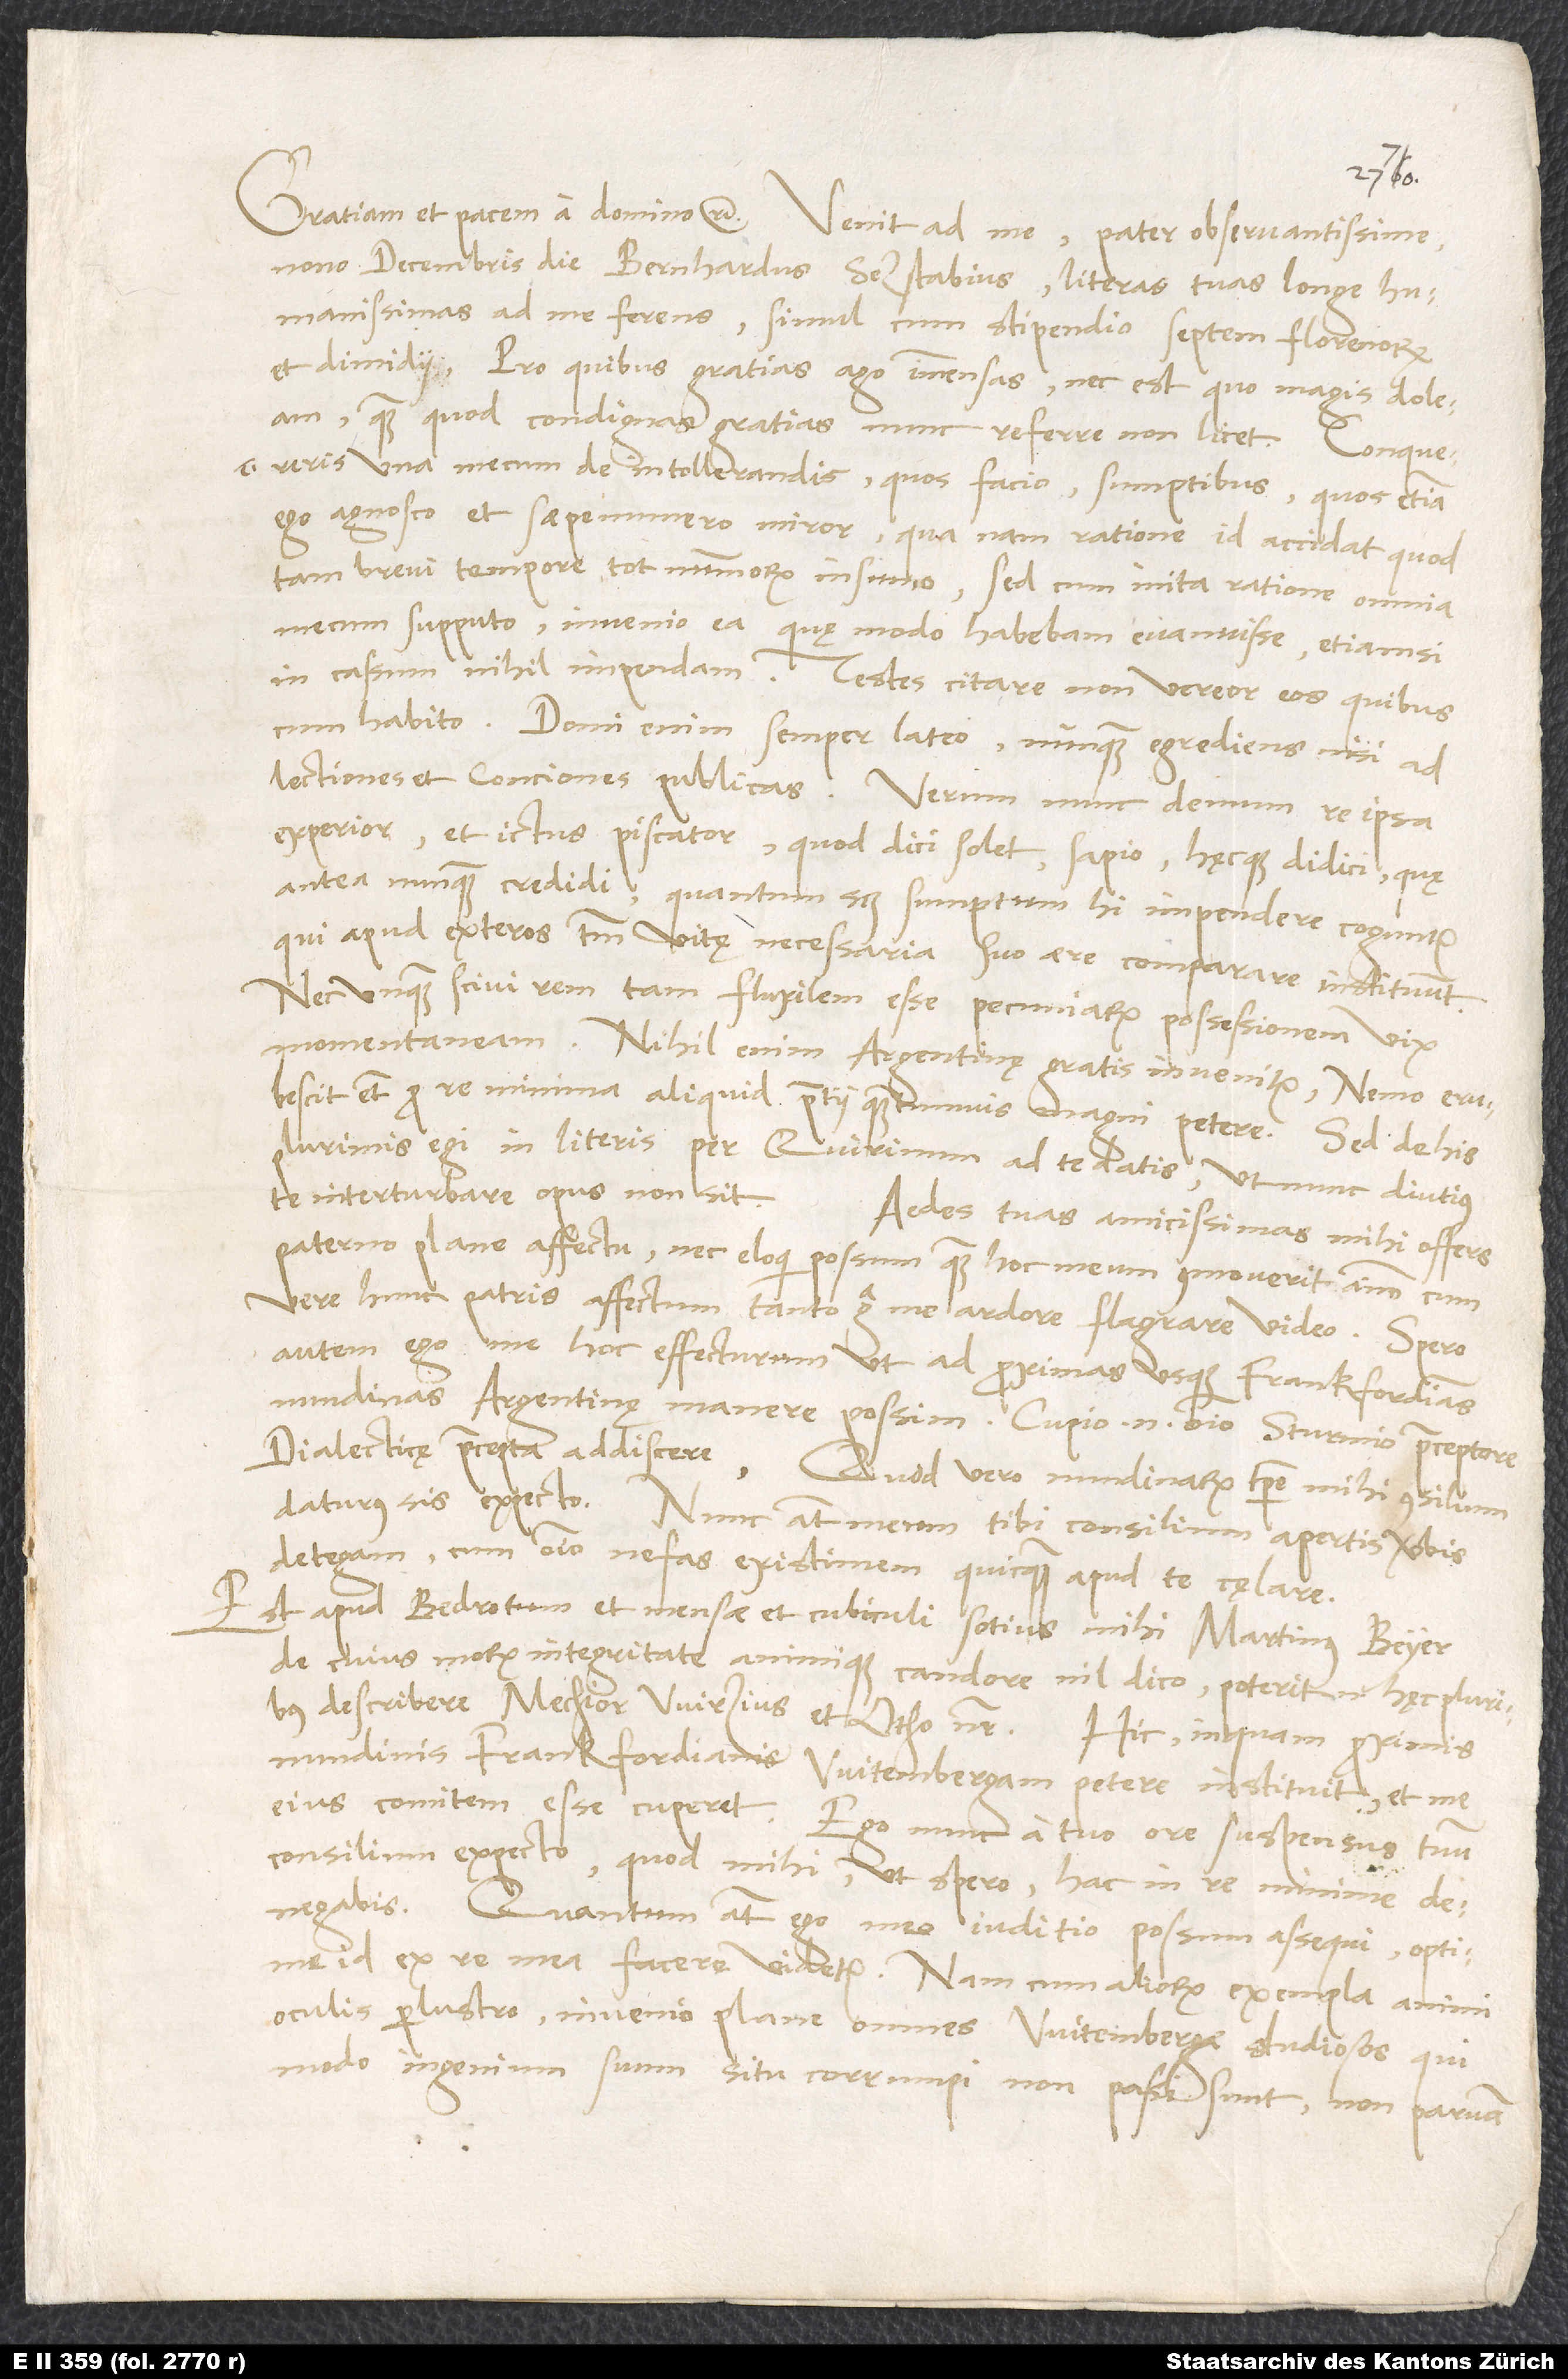
nono decembris die Bernhardus Sezstabius literas tuas longe
humanissimas ad me ferens simul cum stipendio septem florenorum
et dimidii. Pro quibus gratias ago immensas, nec est, quo magis doleam,
quam quod condignas gratias nunc referre non licet.
Conquereris una mecum de intollerandis, quos facio, sumptibus, quos etiam
ego agnosco et saepenumero miror, qua nam ratione id accidat, quod
tam brevi tempore tot nummorum insumo; sed cum inita ratione omnia
mecum supputo, invenio ea, quę modo habebam, evanuisse, etiamsi
in cassum nihil impendam. Testes citare non vereor eos, quibuscum
habito. Domi enim semper lateo nunquam egrediens nisi ad
experior et ictus piscator, quod dici solet, sapio hęcque didici, quę
antea nunquam credidi, quantum scilicet sumptum hi impendere coguntur,
qui apud exteros tantum vitę necessaria suo aere comparare instituunt.
Nec unquam scivi rem tam fluxilem esse pecuniarum possessionem vix
momentaneam. Nihil enim Argentinę gratis invenitur.
erubescit etiam pro re minima aliquid pretii quantumvis magni petere. Sed de his
plurimis egi in literis per Quirinum ad te datis, ut nunc diutius
paterno plane affectu, nec eloqui possum, quam hoc meum commoverit animum, cum
vere hunc patris affectum tanto erga me ardore flagrare video. Spero
autem ego me hoc effecturum, ut ad proximas usque Frankfordianas
dialecticę praecepta addiscere. Quod vero nundinarum tempore mihi consilium
daturus sis, expecto. Nunc autem meum tibi consilium apertis verbis
detegam, cum omnino nefas existimem quicquam apud te cęlare.
Est apud Bedrotum et mensae et cubiculi sotius mihi Martinus Beyer,
de cuius morum integritate animique candore nil dico; poterit enim hęc pluribus
describere Melchior Wirzius et Otho noster. Hic, inquam, proximis
nundinis Frankfordianis Witembergam petere instituit et me
eius comitem esse cuperet. Ego nunc a tuo ore suspensus tuum
consilium expecto, quod mihi, ut spero, hac in re minime
denegabis. Quantum autem ego meo iuditio possum assequi, optime
id ex re mea facere videatur. Nam cum aliorum exempla animi
oculis perlustro, invenio plane omnes Witembergae studiosos, qui
modo ingenium suum situ corrumpi non passi sunt, non parvam